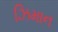
ઝિમાન